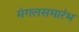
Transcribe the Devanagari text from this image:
मंगलसमारंभ